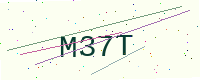
Text: M37T